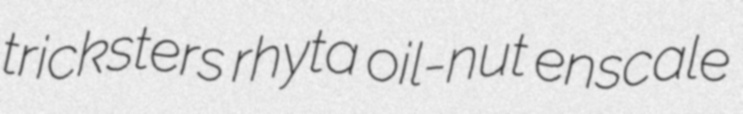
tricksters rhyta oil-nut enscale